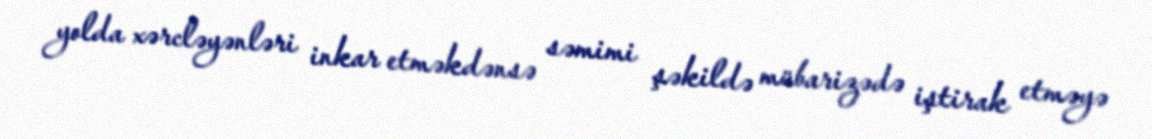
yolda xərcləyənləri inkar etməkdənsə səmimi şəkildə mübarizədə iştirak etməyə